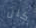
كان